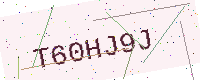
Text: T60HJ9J